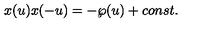
x ( u ) x ( - u ) = - \wp ( u ) + c o n s t .